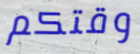
وقتكم